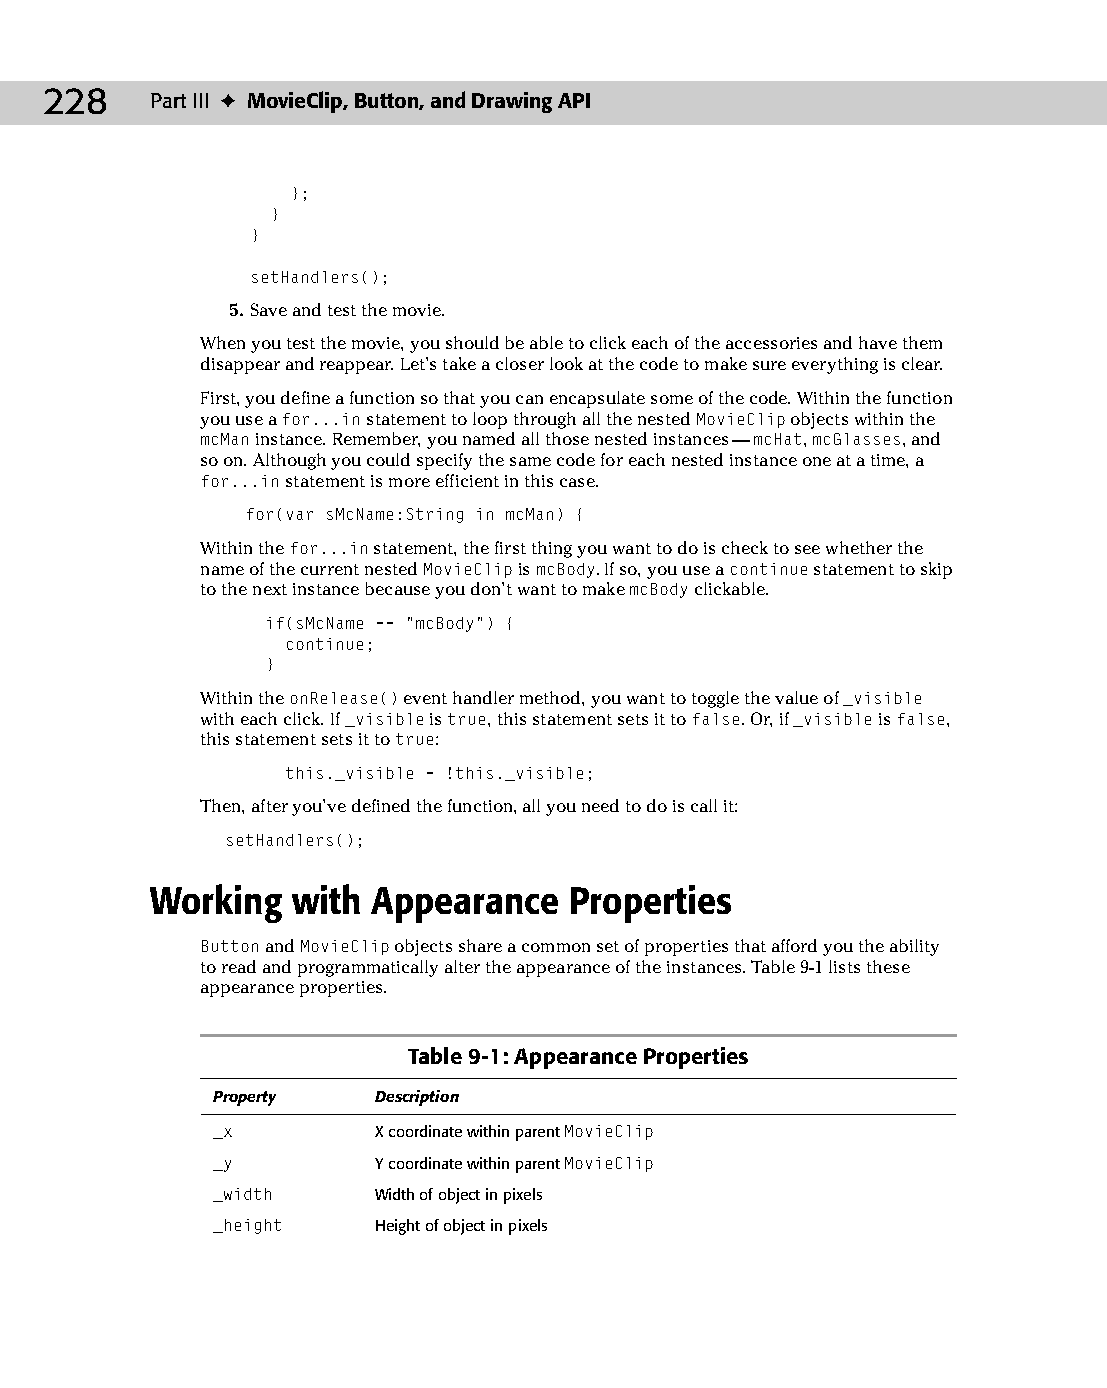
13 543547 ch09.qxd 3/24/04 3:49 PM Page 228
 228    Part III ✦ MovieClip, Button, and Drawing API
 };
 }
 }
 setHandlers();
 5. Save and test the movie.
 When you test the movie, you should be able to click each of the accessories and have them
 disappear and reappear. Let’s take a closer look at the code to make sure everything is clear.
 First, you define a function so that you can encapsulate some of the code. Within the function
 you use a for...in statement to loop through all the nested MovieClip objects within the
 mcMan instance. Remember, you named all those nested instances — mcHat, mcGlasses, and
 so on. Although you could specify the same code for each nested instance one at a time, a
 for...in statement is more efficient in this case.
 for(var sMcName:String in mcMan) {
 Within the for...in statement, the first thing you want to do is check to see whether the
 name of the current nested MovieClip is mcBody. If so, you use a continue statement to skip
 to the next instance because you don’t want to make mcBody clickable.
 if(sMcName == “mcBody”) {
 continue;
 }
 Within the onRelease() event handler method, you want to toggle the value of _visible
 with each click. If _visible is true, this statement sets it to false. Or, if _visible is false,
 this statement sets it to true:
 this._visible = !this._visible;
 Then, after you’ve defined the function, all you need to do is call it:
 setHandlers();
 Working  with  Appearance   Properties
 Button and MovieClip objects share a common set of properties that afford you the ability
 to read and programmatically alter the appearance of the instances. Table 9-1 lists these
 appearance properties.
 Table 9-1: Appearance Properties
 Property   Description
 _x         X coordinate within parent MovieClip
 _y         Y coordinate within parent MovieClip
 _width     Width of object in pixels
 _height    Height of object in pixels